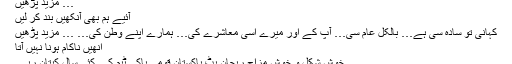
… مزید پڑھیں
آئیے ہم بھی آنکھیں بند کر لیں
کہانی تو سادہ سی ہے… بالکل عام سی… آپ کے اور میرے اسی معاشرے کی… ہمارے اپنے وطن کی… … مزید پڑھیں
انھیں ناکام ہونا نہیں آتا
خوش شکل و خوش مزاج ریحان بٹ پاکستان قومی ہاکی ٹیم کے کئی سال کپتان رہے۔